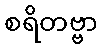
စရိတဗ္ဗာ